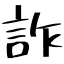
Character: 詐